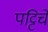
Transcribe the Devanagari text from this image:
पट्टिचे